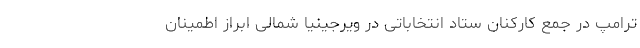
ترامپ در جمع کارکنان ستاد انتخاباتی در ویرجینیا شمالی ابراز اطمینان